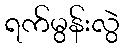
ရက်မွန်းလွဲ